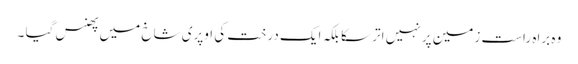
وہ براہ راست زمین پر نہیں اتر سکا بلکہ ایک درخت کی اوپری شاخ میں پھنس گیا ۔